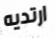
ارتديه